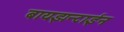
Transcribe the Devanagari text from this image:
बायझन्टाईन